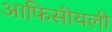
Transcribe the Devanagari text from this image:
आफिसीयली